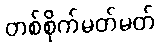
တစ်စိုက်မတ်မတ်